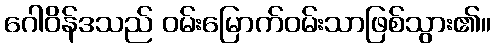
ဂေါဝိန်ဒသည် ဝမ်းမြောက်ဝမ်းသာဖြစ်သွား၏။